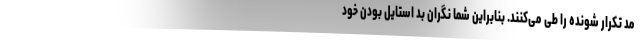
مد تکرار شونده را طی می‌کنند. بنابراین شما نگران بد استایل بودن خود